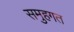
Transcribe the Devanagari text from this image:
समुहगत